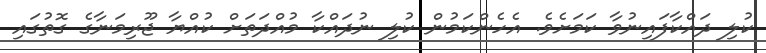
ކުލި ދައްކާފައިނުވާ ކަމަށެވެ. އެހެންކަމުން ކުލި ނުދައްކާ މުއްދަތަށް ކުއްޔާ ޖޫރިމަނާގެ ގޮތުގައި